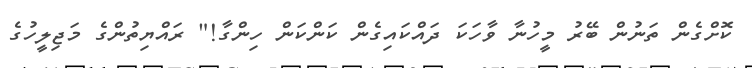
ކޮށްގެން ތަނުން ބޭރު މީހުނާ ވާހަކަ ދައްކައިގެން ކަންކަން ހިންގާ!" ރައްޔިތުންގެ މަޖިލީހުގެ